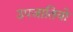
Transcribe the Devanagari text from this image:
उपजातियो